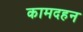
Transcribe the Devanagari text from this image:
कामदहन